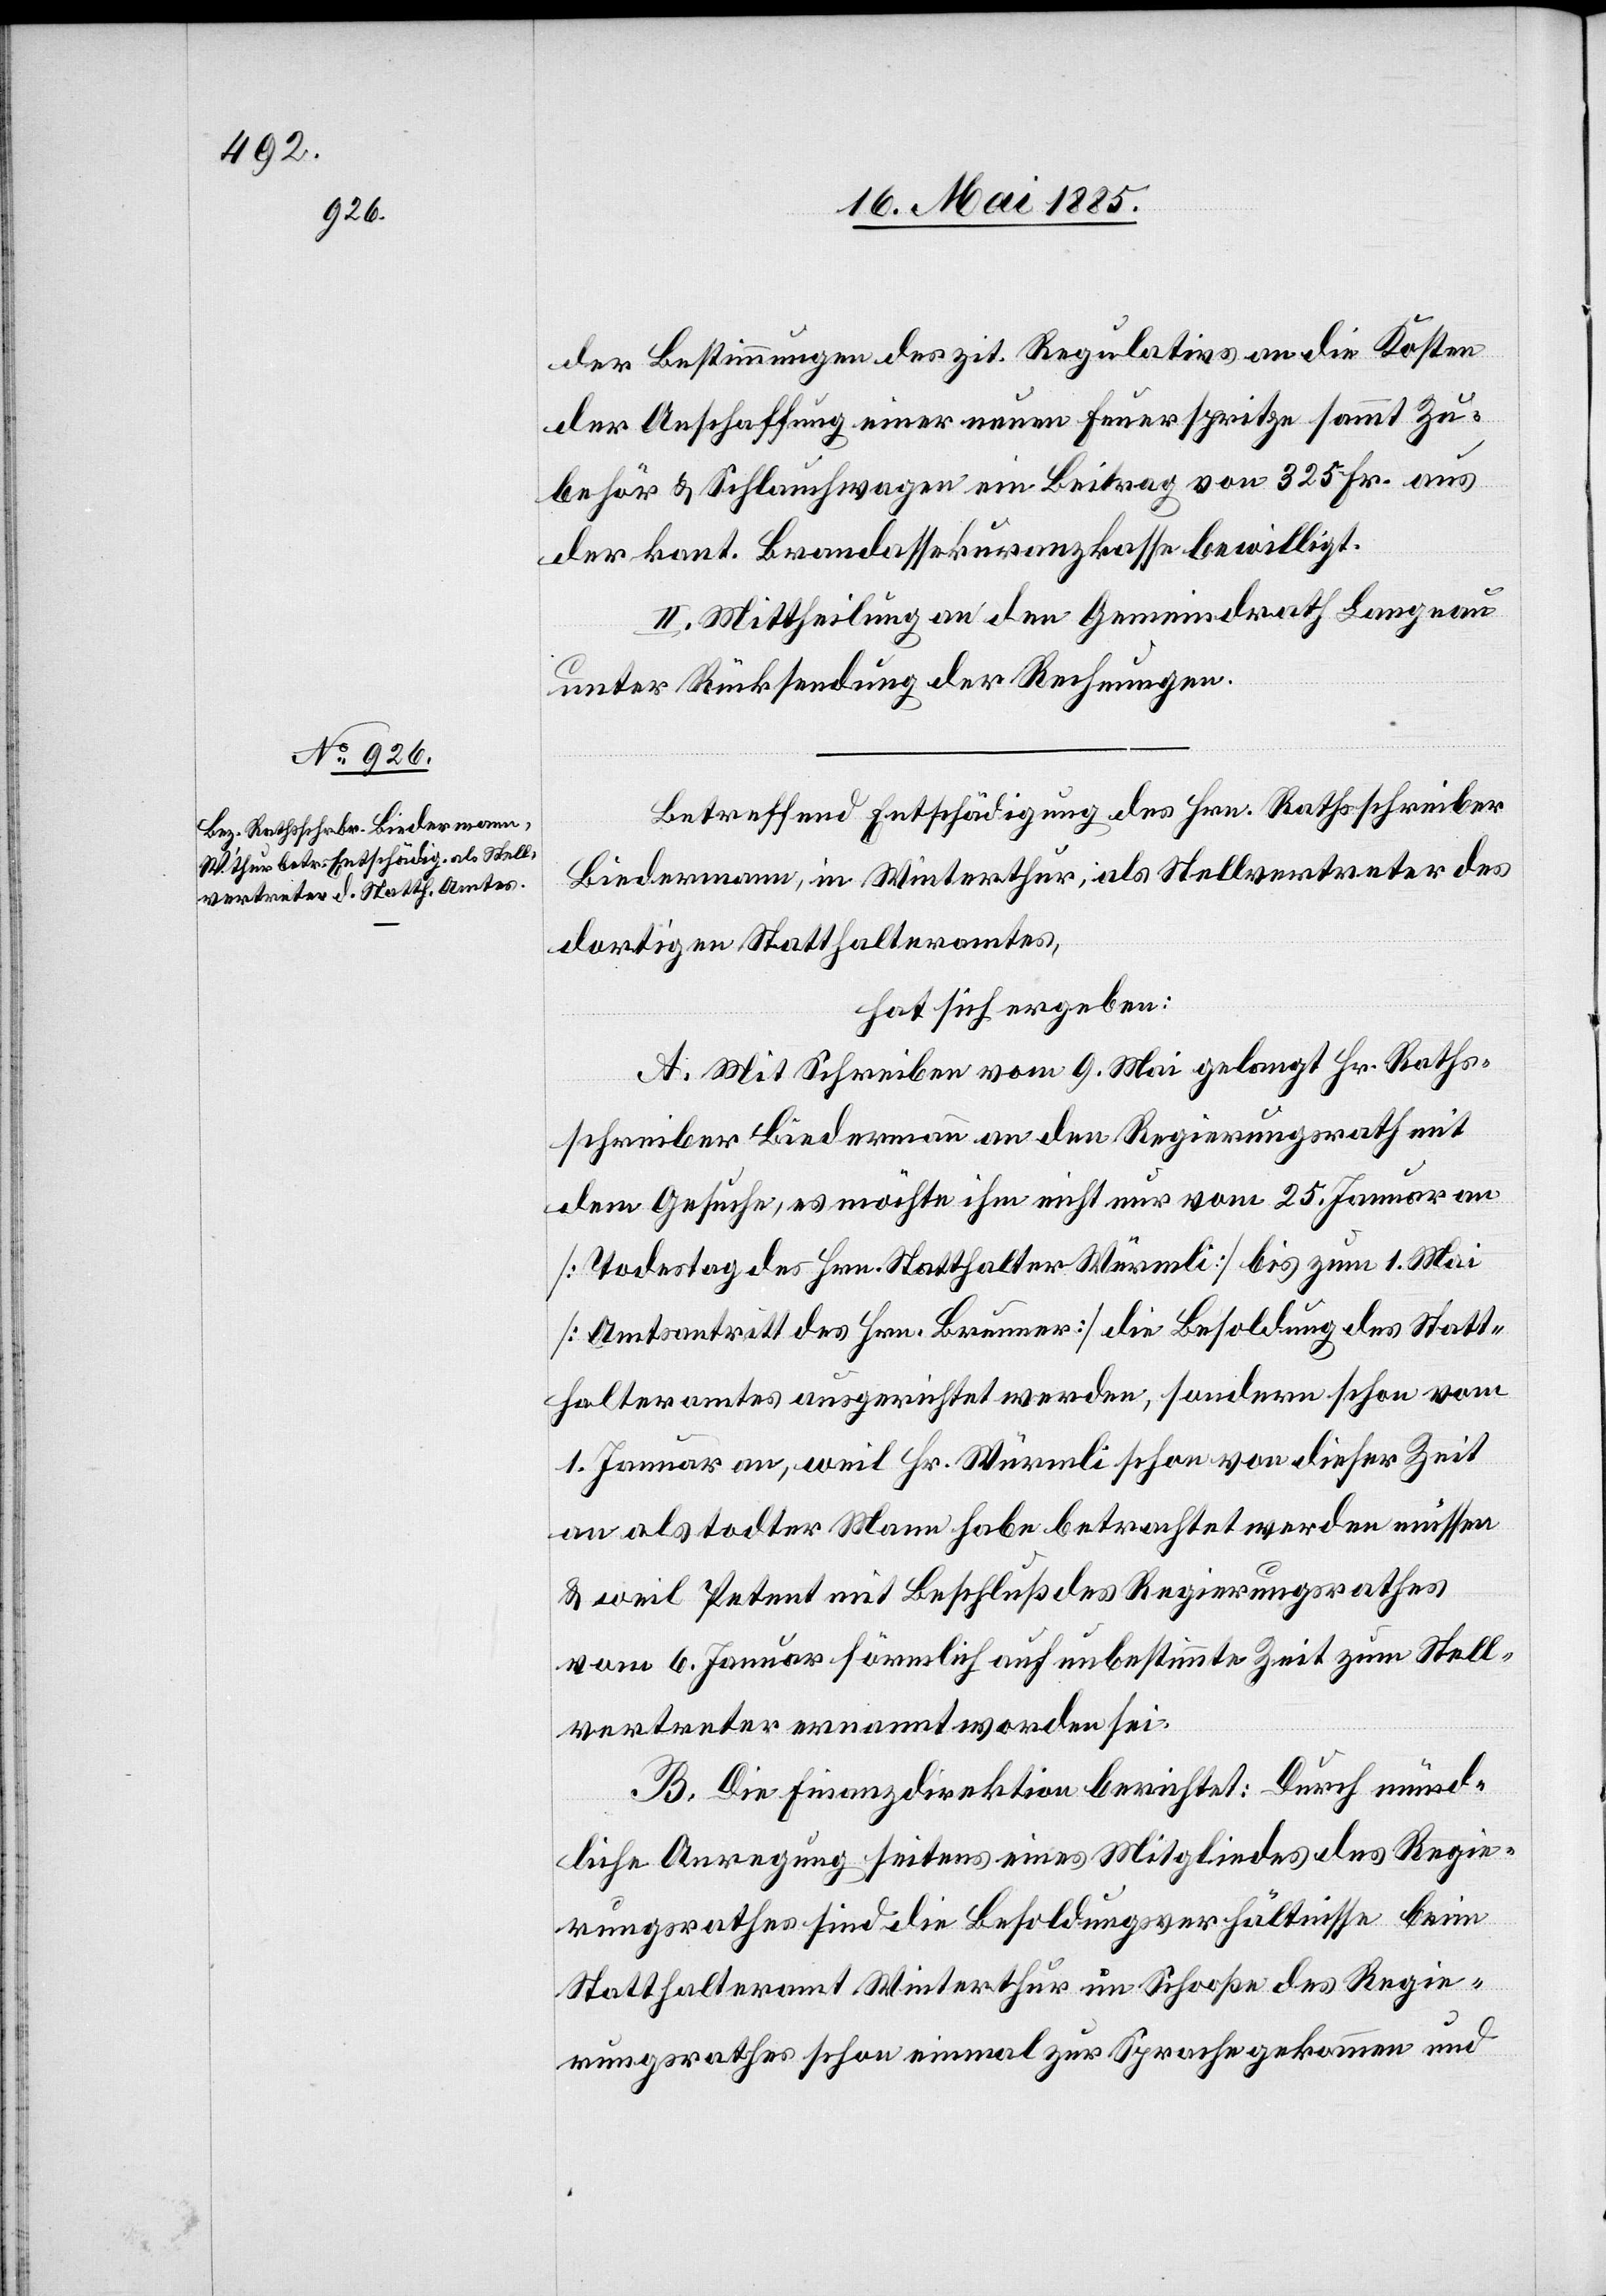
der Bestimmungen des zit. Regulativs an die Kosten
der Anschaffung einer neuen Feuerspritze sammt Zu¬
behör & Schlauchwagen ein Beitrag von 325 Fr. aus
der kant. Brandassekuranzkasse bewilligt.
II. Mittheilung an den Gemeindrath Langnau
unter Rücksendung der Rechnungen.
Betreffend Entschädigung des Hrn. Rathsschreiber
Biedermann, in Winterthur, als Stellvertreter des
dortigen Statthalteramtes,
hat sich ergeben:
A. Mit Schreiben vom 9. Mai gelangt Hr. Raths¬
schreiber Biedermann an den Regierungsrath mit
dem Gesuche, es möchte ihm nicht nur vom 25. Januar an
[Todestag des Hrn. Statthalter Würmli] bis zum 1. Mai
[Amtsantritt des Hrn. Brunner] die Besoldung des Statt¬
halteramtes ausgerichtet werden, sondern schon vom
1. Januar an, weil Hr. Würmli schon von dieser Zeit
an als todter Mann habe betrachtet werden müssen
& weil Petent mit Beschluß des Regierungsrathes
vom 6. Januar förmlich auf unbestimmte Zeit zum Stell¬
vertreter ernannt worden sei.
B. Die Finanzdirektion berichtet: Durch münd¬
liche Anregung seitens eines Mitgliedes des Regie¬
rungsrathes sind die Besoldungsverhältnisse beim
Statthalteramt Winterthur im Schooße des Regie¬
rungsrathes schon einmal zur Sprache gekommen und